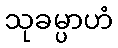
သုခမ္ပာဟံ